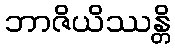
ဘာဇိယိဿန္တိ